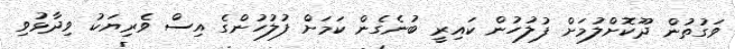
ވަގުތުން ދޫކޮށްލުމަށް ފުލުހުން ކައިރީ ބުނެގެން ކަމަށް ފުލުހުންގެ އިސް ވެރިޔަކު ވިދާޅުވި